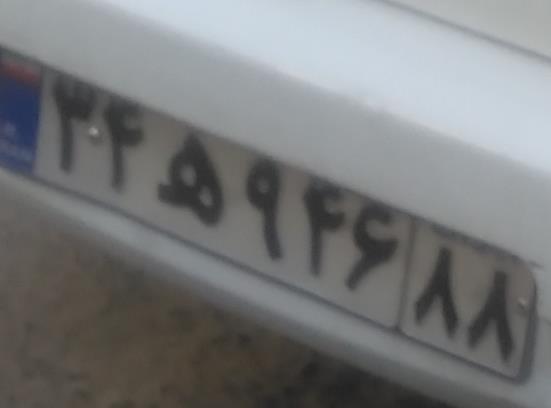
۳۴ه۹۴۶۸۸